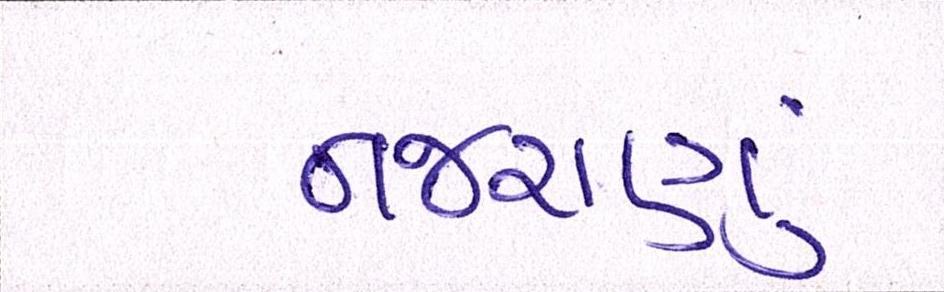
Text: નજરાણું